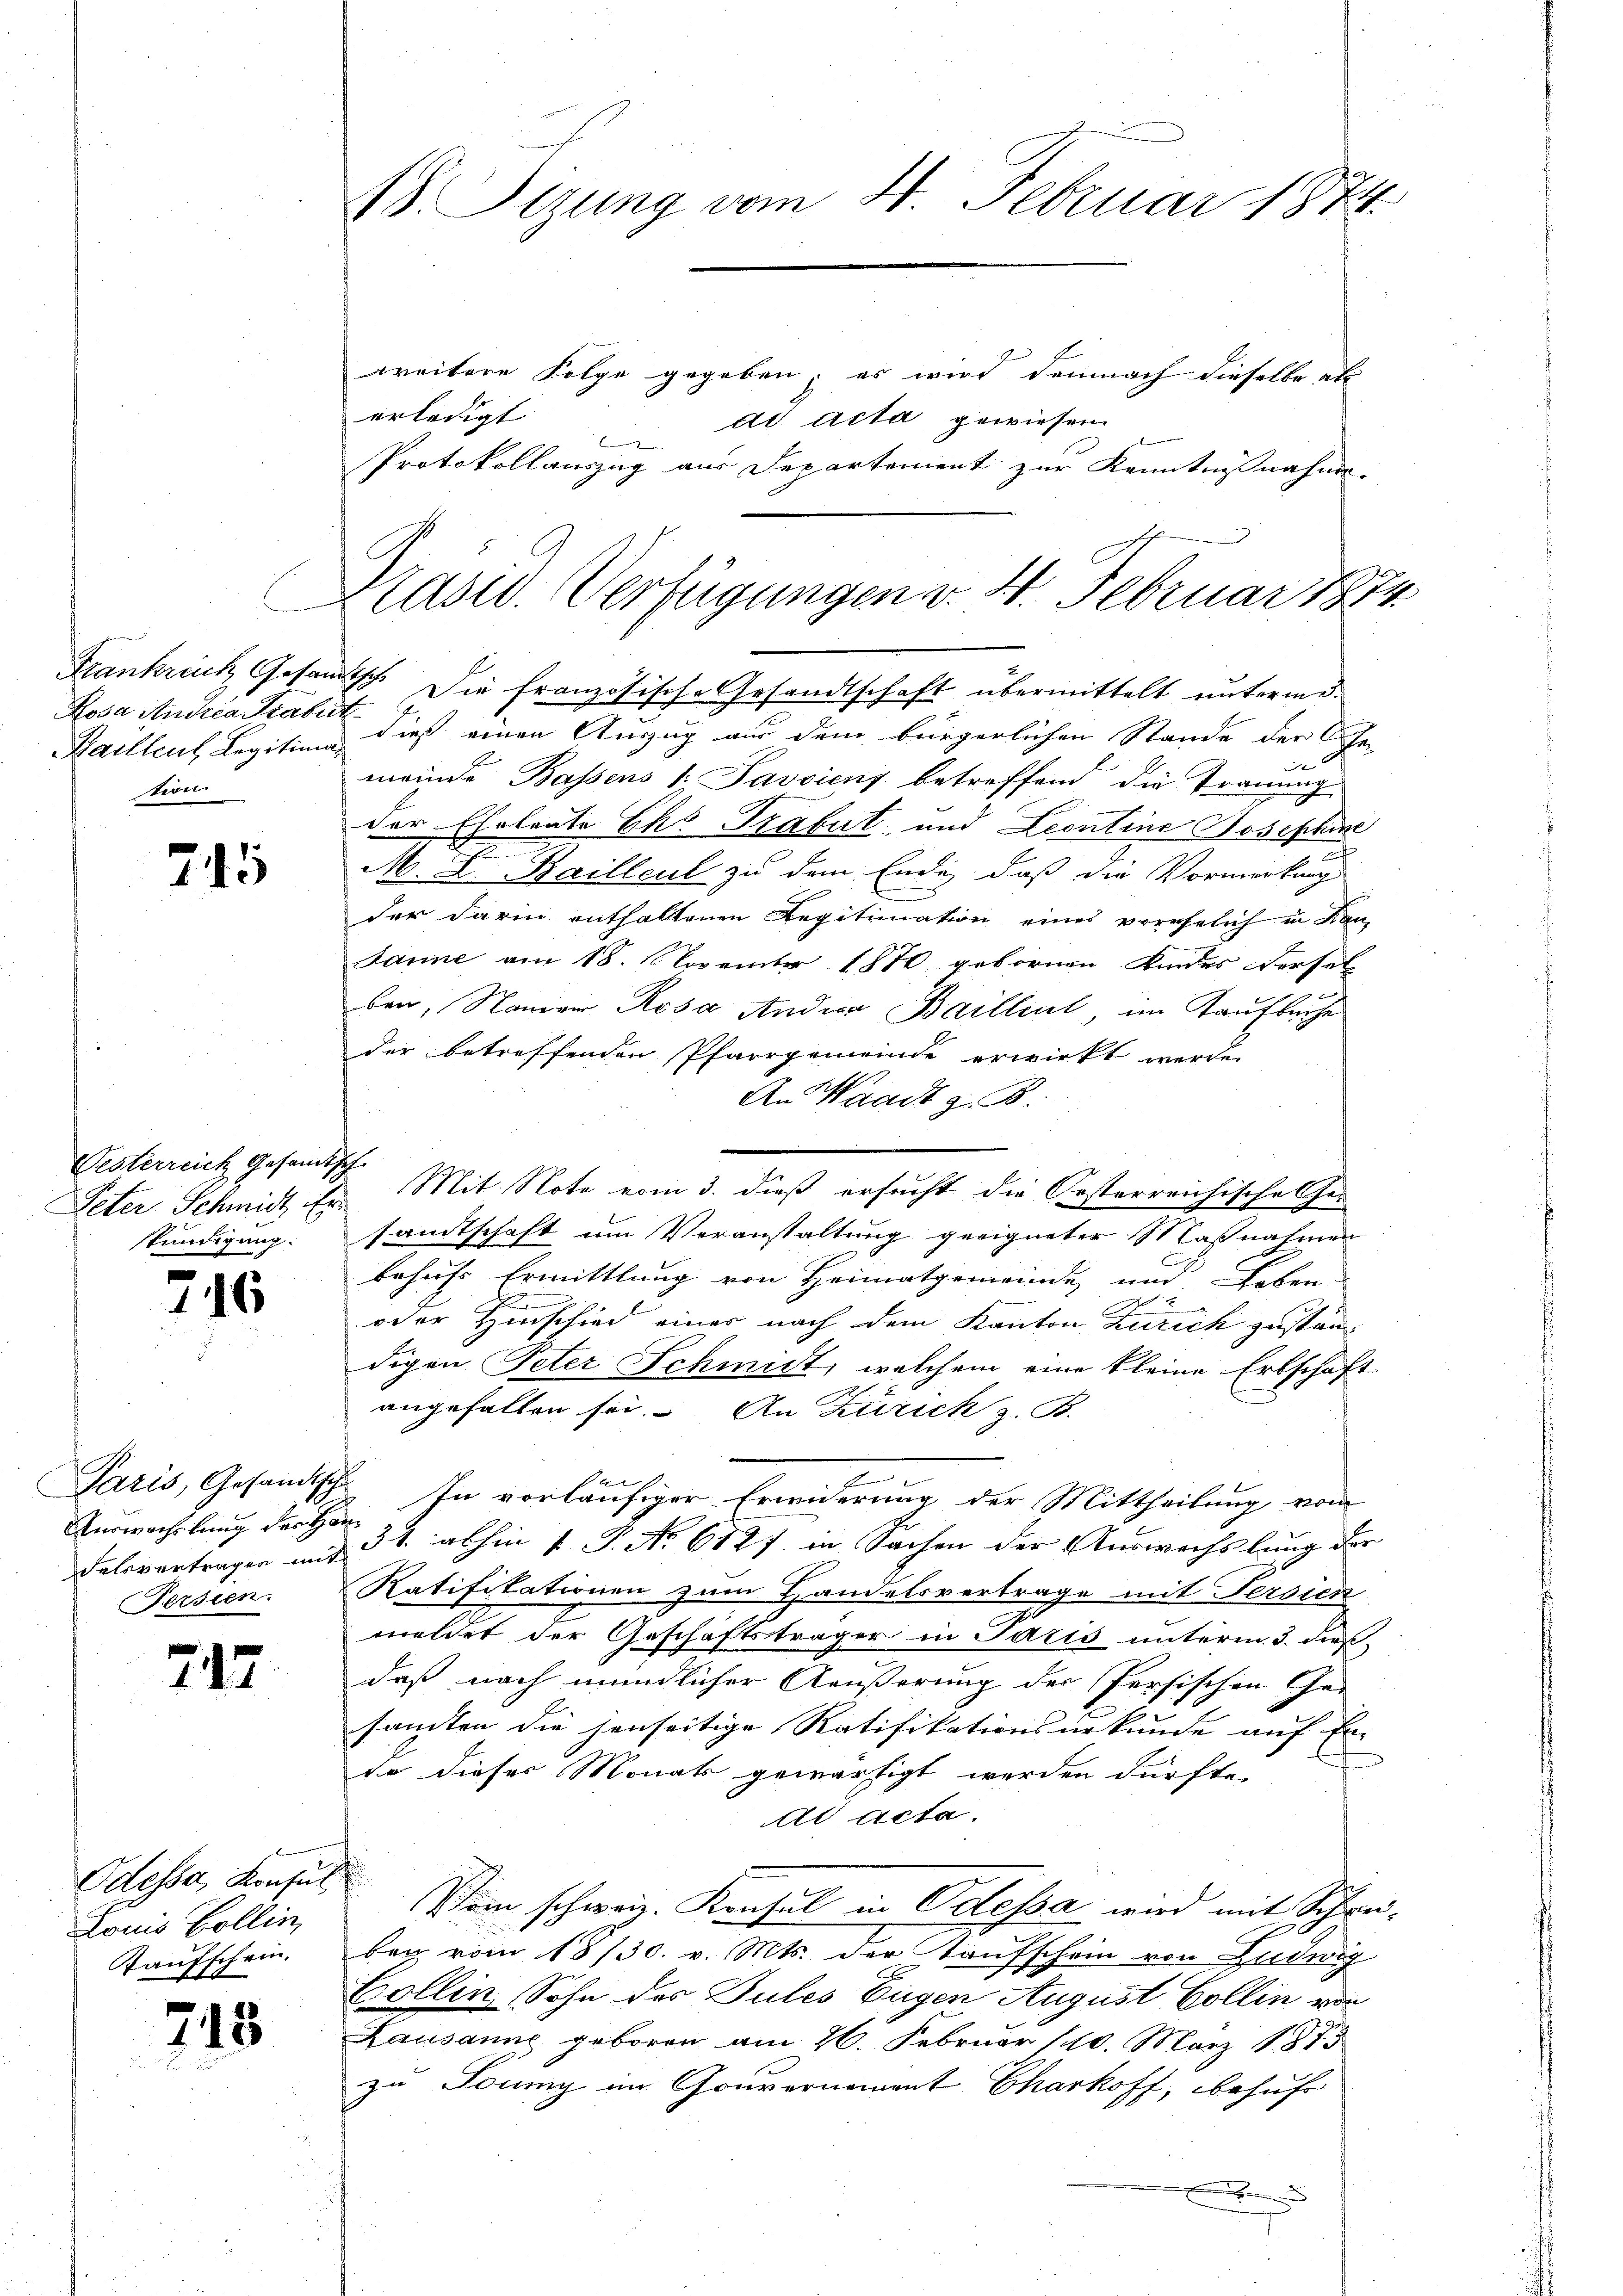
Rosa indica Trabit
tion

745

Oesterreich Gesandtsch
skündigung.

s
146

Auswachslung des Han
Persien.

717

Odessa, Konsul
Louis Bollin,
Kaufschein.

245

18. Setzung vom 4. Februar 1874.

weitere Folge gegeben; es wird demnach dieselbe als
erledigt
ad acta gewiesen
i
Protokollauszug aus Departement zur Kenntnißnahme-

Frankrech Gesandtsch. Die französische Gesandtschaft übermittelt unterme¬
Daillent Legition dieß einen Auszug aus dem bürgerlichen Stande der Ehe-
x
meinde Bassens 1: Passieny betreffend die Trauung
der Eheleute Ehr Trabat, und Leontine Josephine
M. A. Bailleut zu dem Ende, daß die Vormerkung
der darin enthaltenen Regitimation eines vorehelich in Kan-
Janne am 18. November 1870 gebornen Kindes dersel
ber, Namen Rosa Andia Baillent im Taufbuche
der betreffenden Pfarrgemeinde erwirkt werde.
An Waadt z. B.
Peter Schmidt Er Mit Note vom 3. dieß ersucht die Kosterreichische Gesandtschaft um Veranstaltung geeigneter Maßnahmen
behufs Ermittlung von Heimatgemeinde und Leben
oder Hinschied einer nach dem Kanton Zürich zustandigen Peter Schmidt, welchem eine kleine Erbschaft
angefallen sei. An Zürich z. B.
a
Paris, Gesandtsch. In vorläufiger Erwiderung der Mittheilung vom
Felsvertragen mit 37. abhin 1 P. No 612 in Sachen der Auswechslung der
Ratifikationen zum Handelsvertrage mit Fersien
meldet der Geschäftsträger in Paris unterm 3. dieß,
daß nach mündlicher Aeußerung der Persischen Ge-
sandten die jenseitige Ratifikationsurkunde auf En
t
se dieser Monats gewärtigt werden dürfte.
Al Acta.
Vom schweiz. Konsul in Odessa wird mit Schreibeg vom 18/30. v. Mts. der Taufschein von Ludwig
Collin Sohn des Gutes Eigen August Collin von
Lausanne geboren am 26. Februar 110. März 1875
zu Juny im Gouvernament Charkoff, behufe

Kasid. Verfügungen v. 14. Februar 1874